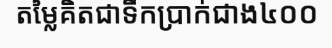
តម្លៃគិតជាទឹកប្រាក់ជាង៤០០